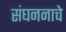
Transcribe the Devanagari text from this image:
संघननाचे